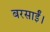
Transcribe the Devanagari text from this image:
बरसाईं।